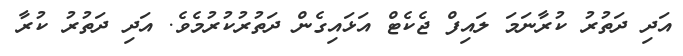
އަދި ދަތުރު ކުރާނަމަ ލައިފް ޖެކެޓް އަޅައިގެން ދަތުރުކުރުމެވެ. އަދި ދަތުރު ކުރާ